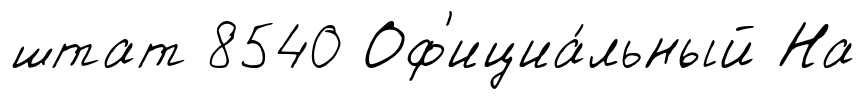
штат 8540 Оф'ициа́льный На